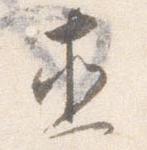
直